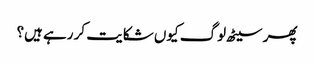
پھر سیٹھ لوگ کیوں شکایت کر رہے ہیں؟